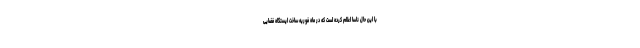
با این حال ناسا اعلام کرده است که در ماه فوریه ساخت ایستگاه فضایی